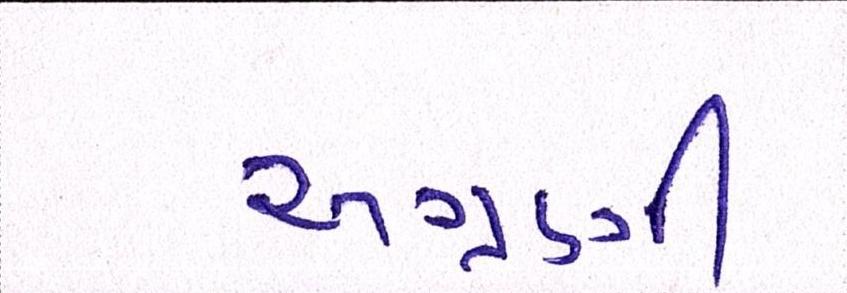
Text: અગ્રણી